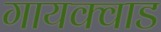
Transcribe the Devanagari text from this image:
गायक्वाड